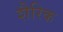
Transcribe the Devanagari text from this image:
शैरिक